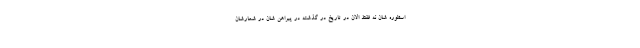
اسطوره شان نه فقط الان در تاریخ در گذشته در پیراهن شان در شعارشان